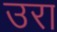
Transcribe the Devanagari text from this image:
उरा